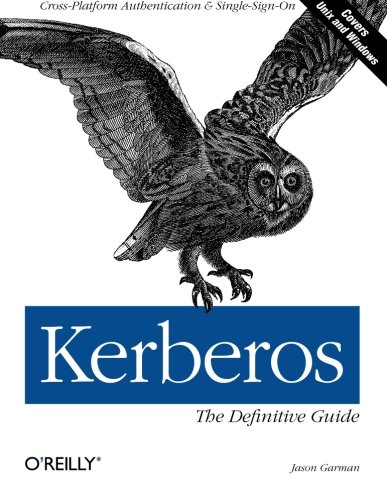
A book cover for Kerberos: The Definitive Guide; Jason Garman; Computers & Technology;